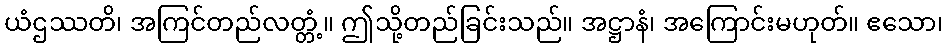
ယံဌဿတိ၊ အကြင်တည်လတ္တံ့။ ဤသို့တည်ခြင်းသည်။ အဋ္ဌာနံ၊ အကြောင်းမဟုတ်။ ဧသော၊